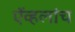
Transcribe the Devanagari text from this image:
ऍव्हलांच